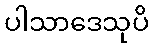
ပါသာဒေသုပိ